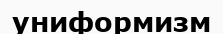
униформизм